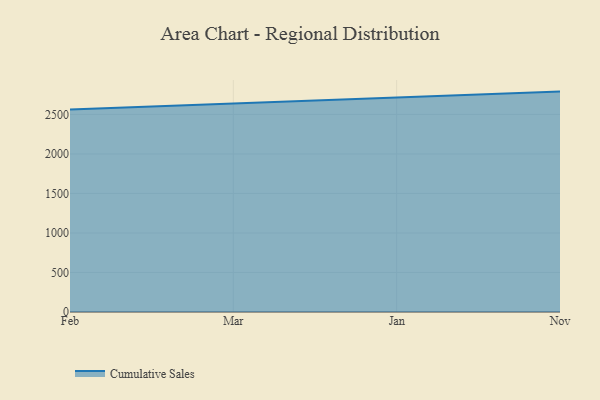
{"axis": {"x": "Month", "y": "Inventory Turnover"}, "legend": ["Cumulative Sales"], "data": [{"x": "Feb", "y": 2562.4, "type": "Cumulative Sales"}, {"x": "Mar", "y": 2636.4, "type": "Cumulative Sales"}, {"x": "Jan", "y": 2719.3, "type": "Cumulative Sales"}, {"x": "Nov", "y": 2788.8, "type": "Cumulative Sales"}]}